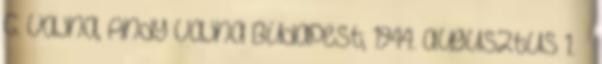
G. Vajna, Andy Vajna Budapest, 1944. augusztus 1. –